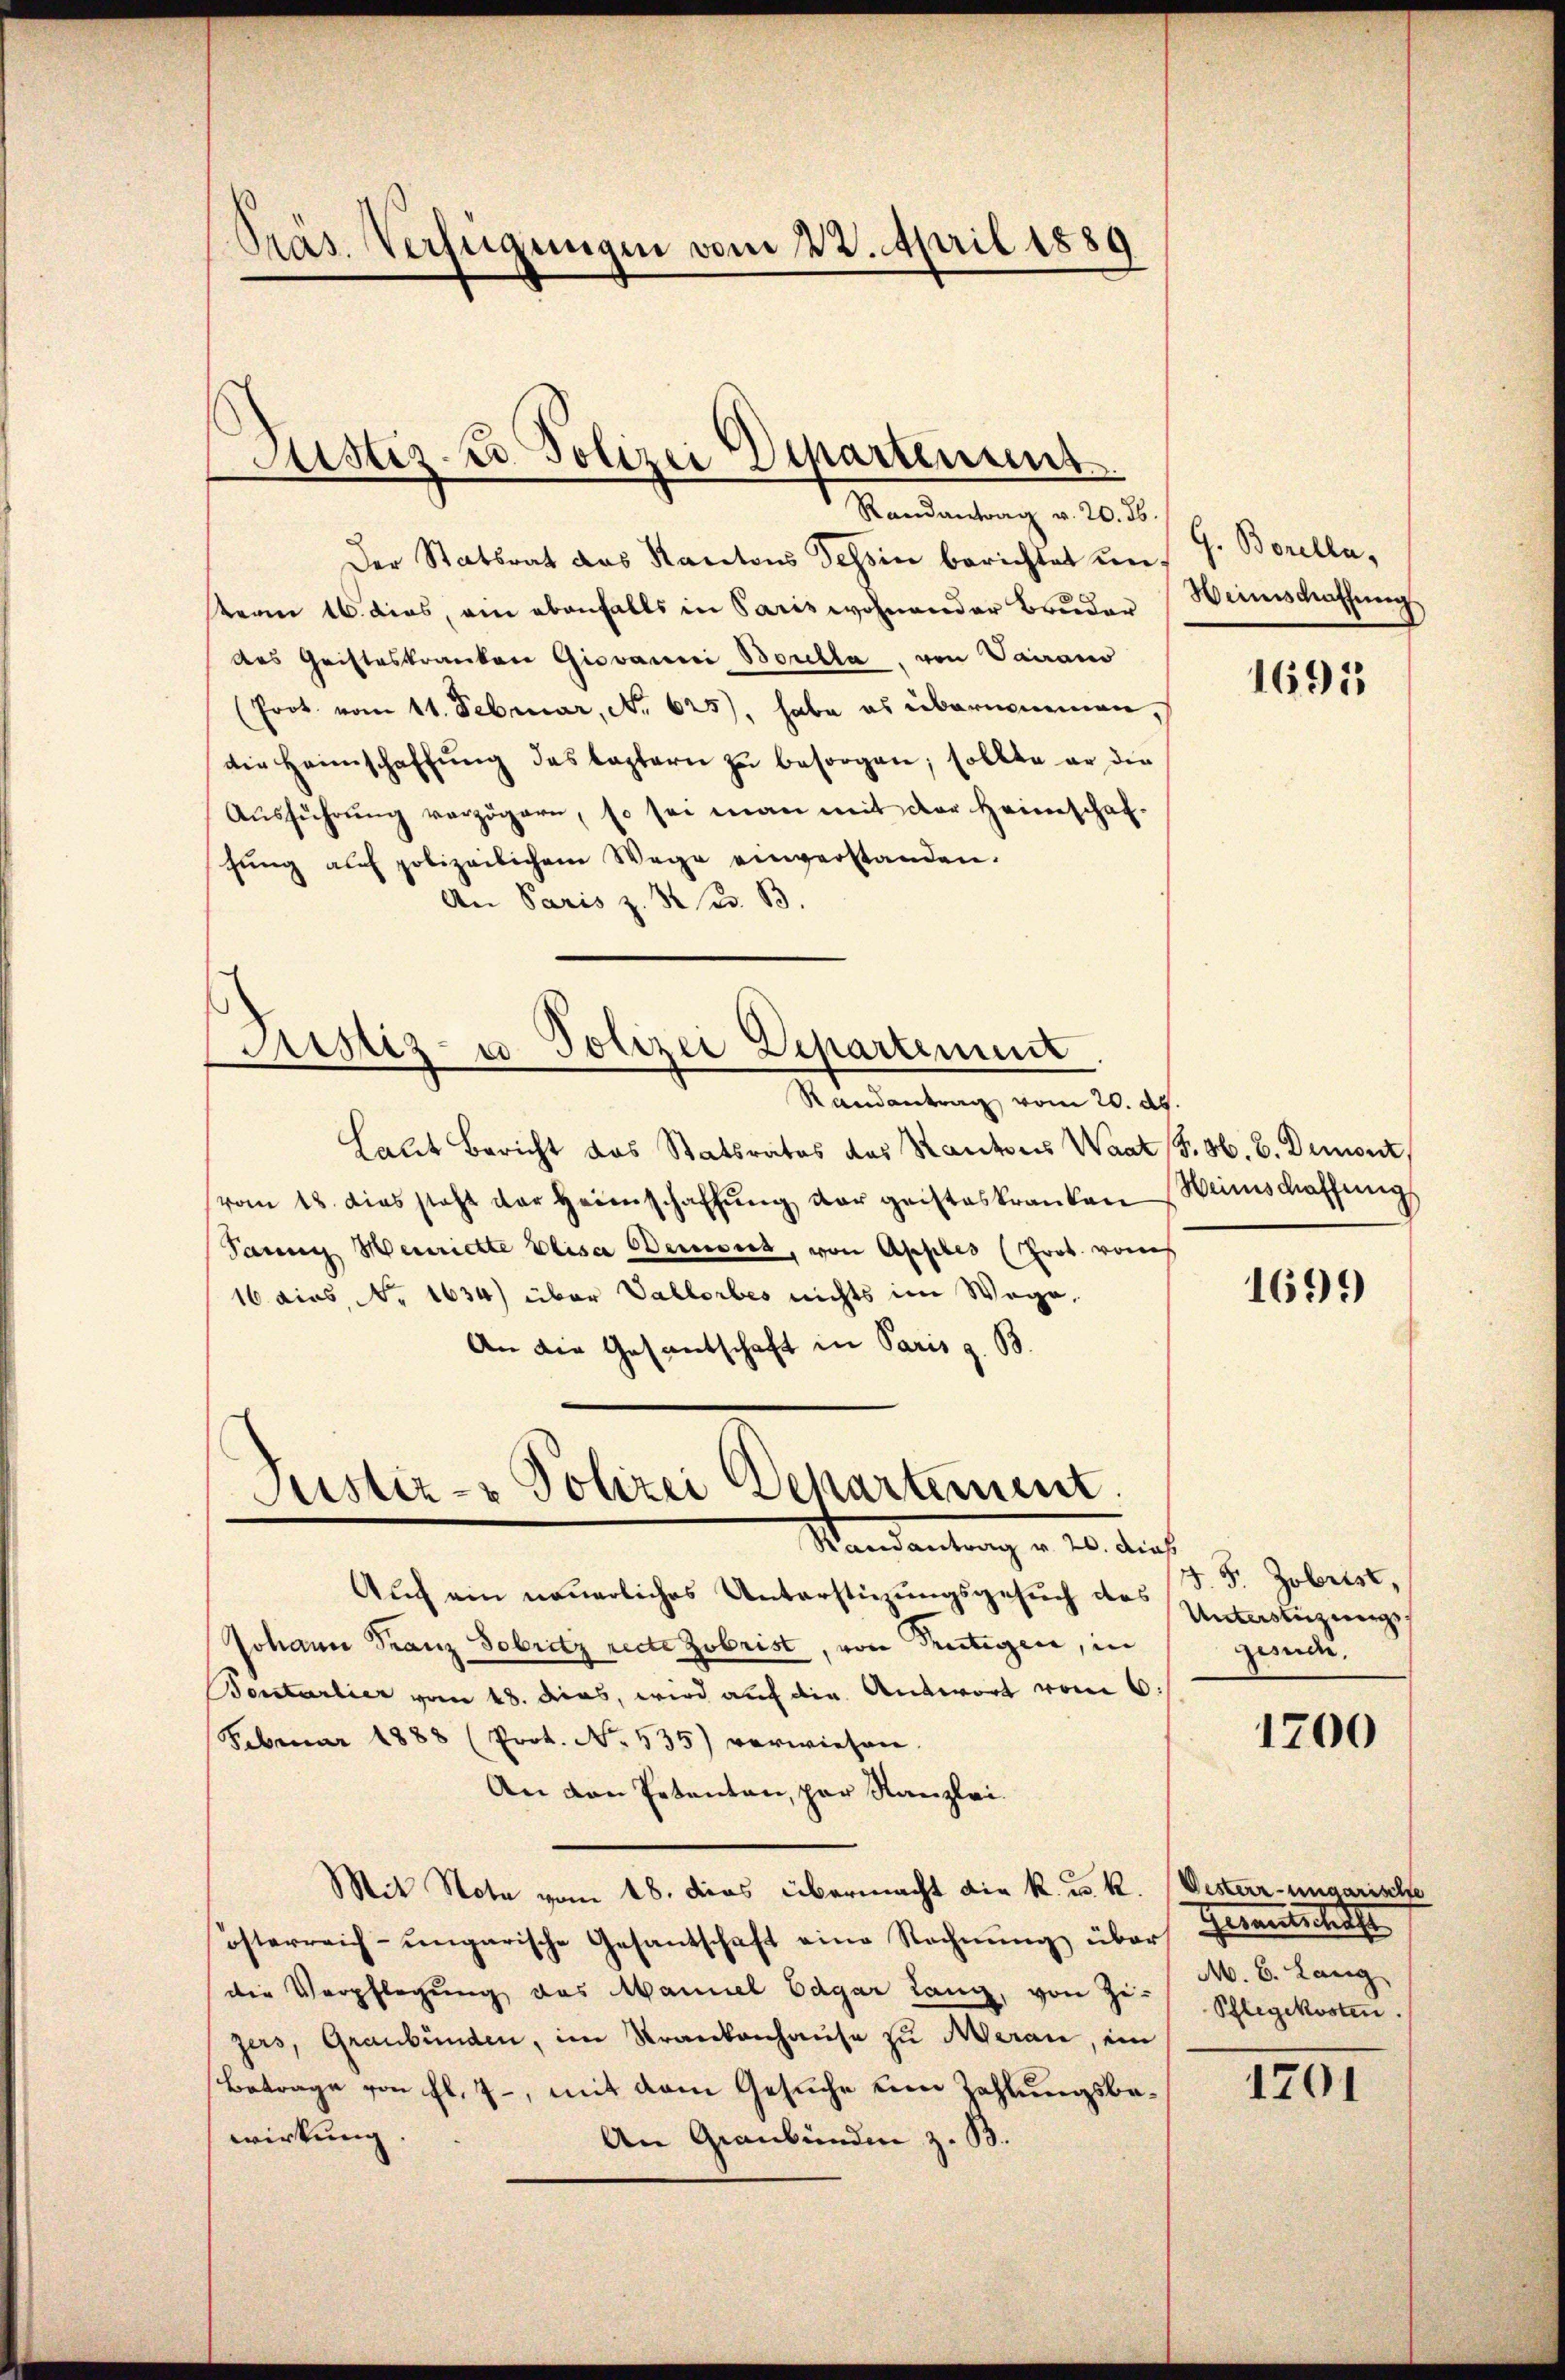
Randantrag v. 20. ds.
Der Statsrat das Kantons Tessin berichtet un
term 16. dies, ein ebenfalls in Paris wohnender Bruder
des Gristeskranken Giovanni Boulla, von Vairano
(Prot. vom 11. Februar, No 625), habe es übernommen,
die Heimschaffŭng des Captern zŭ besorgen; sollte er die
Aŭsführŭng verzögern, so sei man mit der Heimschaf-
hung auf polizeilichem Wege einverstanden.
An Paris z. B. u. B.

Präs. Verfügungen vom 23. April 1889

Justiz- & Polizei Departement

Astiz- u Polizei Departement

Justiz- & Polizei Departement.
Mandantung v. 20. durch

Randantrag vom 20. ds.
Laut Bericht das Statsrates des Kantons Waat J. H. B. Demont,
vom 18. dies steht der Heimschaffŭng der geisteskranken Weinschaffungs
Tann Heinrichte Elisa Weises, von Apples (Prob. von
16 dies, No 1634) über Vallorbes nichts im Wege,
An die Gesantschaft in Paris z. B.

Auch ein neuerliches Unterstüzungsgesuch des Unterstüzungs¬
Johann Franz Sobritz recte zubrist, von Trutigen, in
Bontarlier vom 18. das, wird auf die Antwort vom 6.
Februar 1888 (Prot. No. 535) verwiesen.
An den Petenten, par Kanzlei.
Mit Note vom 18. das übermacht die k. u. K. Oesterr-ungarische
österreich-ungarische Gesantschaft eine Rechnŭng über
die Verpflegung des Mannel Cagar lang, von Zizers, Graubünden, im Krankenhause zu Meran, ein
Betrage von fl. 7, mit dem Gesuche um Zahlungsbewirkung.
An Graubünden z. B.

G. Borella,
Weinschaffung

1691

1699

J.F. Zobrist,
gesidee.

1700

Genanntliche
M. B. Lang
Pflegekosten

1701